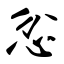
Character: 忿